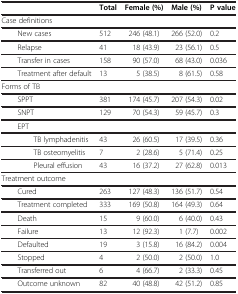
<table><thead><tr><td><b> </b></td><td><b>Total</b></td><td><b>Female (%)</b></td><td><b>Male (%)</b></td><td><b>P value</b></td></tr></thead><tbody><tr><td>Case definitions</td><td> </td><td> </td><td> </td><td> </td></tr><tr><td>New cases</td><td>512</td><td>246 (48.1)</td><td>266 (52.0)</td><td>0.2</td></tr><tr><td>Relapse</td><td>41</td><td>18 (43.9)</td><td>23 (56.1)</td><td>0.5</td></tr><tr><td>Transfer in cases</td><td>158</td><td>90 (57.0)</td><td>68 (43.0)</td><td>0.036</td></tr><tr><td>Treatment after default</td><td>13</td><td>5 (38.5)</td><td>8 (61.5)</td><td>0.58</td></tr><tr><td>Forms of TB</td><td> </td><td> </td><td> </td><td> </td></tr><tr><td>SPPT</td><td>381</td><td>174 (45.7)</td><td>207 (54.3)</td><td>0.02</td></tr><tr><td>SNPT</td><td>129</td><td>70 (54.3)</td><td>59 (45.7)</td><td>0.3</td></tr><tr><td>EPT</td><td> </td><td> </td><td> </td><td> </td></tr><tr><td>TB lymphadenitis</td><td>43</td><td>26 (60.5)</td><td>17 (39.5)</td><td>0.36</td></tr><tr><td>TB osteomyelitis</td><td>7</td><td>2 (28.6)</td><td>5 (71.4)</td><td>0.25</td></tr><tr><td>Pleural effusion</td><td>43</td><td>16 (37.2)</td><td>27 (62.8)</td><td>0.013</td></tr><tr><td>Treatment outcome</td><td> </td><td> </td><td> </td><td> </td></tr><tr><td>Cured</td><td>263</td><td>127 (48.3)</td><td>136 (51.7)</td><td>0.54</td></tr><tr><td>Treatment completed</td><td>333</td><td>169 (50.8)</td><td>164 (49.3)</td><td>0.64</td></tr><tr><td>Death</td><td>15</td><td>9 (60.0)</td><td>6 (40.0)</td><td>0.43</td></tr><tr><td>Failure</td><td>13</td><td>12 (92.3)</td><td>1 (7.7)</td><td>0.002</td></tr><tr><td>Defaulted</td><td>19</td><td>3 (15.8)</td><td>16 (84.2)</td><td>0.004</td></tr><tr><td>Stopped</td><td>4</td><td>2 (50.0)</td><td>2 (50.0)</td><td>1.0</td></tr><tr><td>Transferred out</td><td>6</td><td>4 (66.7)</td><td>2 (33.3)</td><td>0.45</td></tr><tr><td>Outcome unknown</td><td>82</td><td>40 (48.8)</td><td>42 (51.2)</td><td>0.85</td></tr></tbody></table>